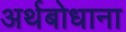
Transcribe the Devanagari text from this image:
अर्थबोधाना